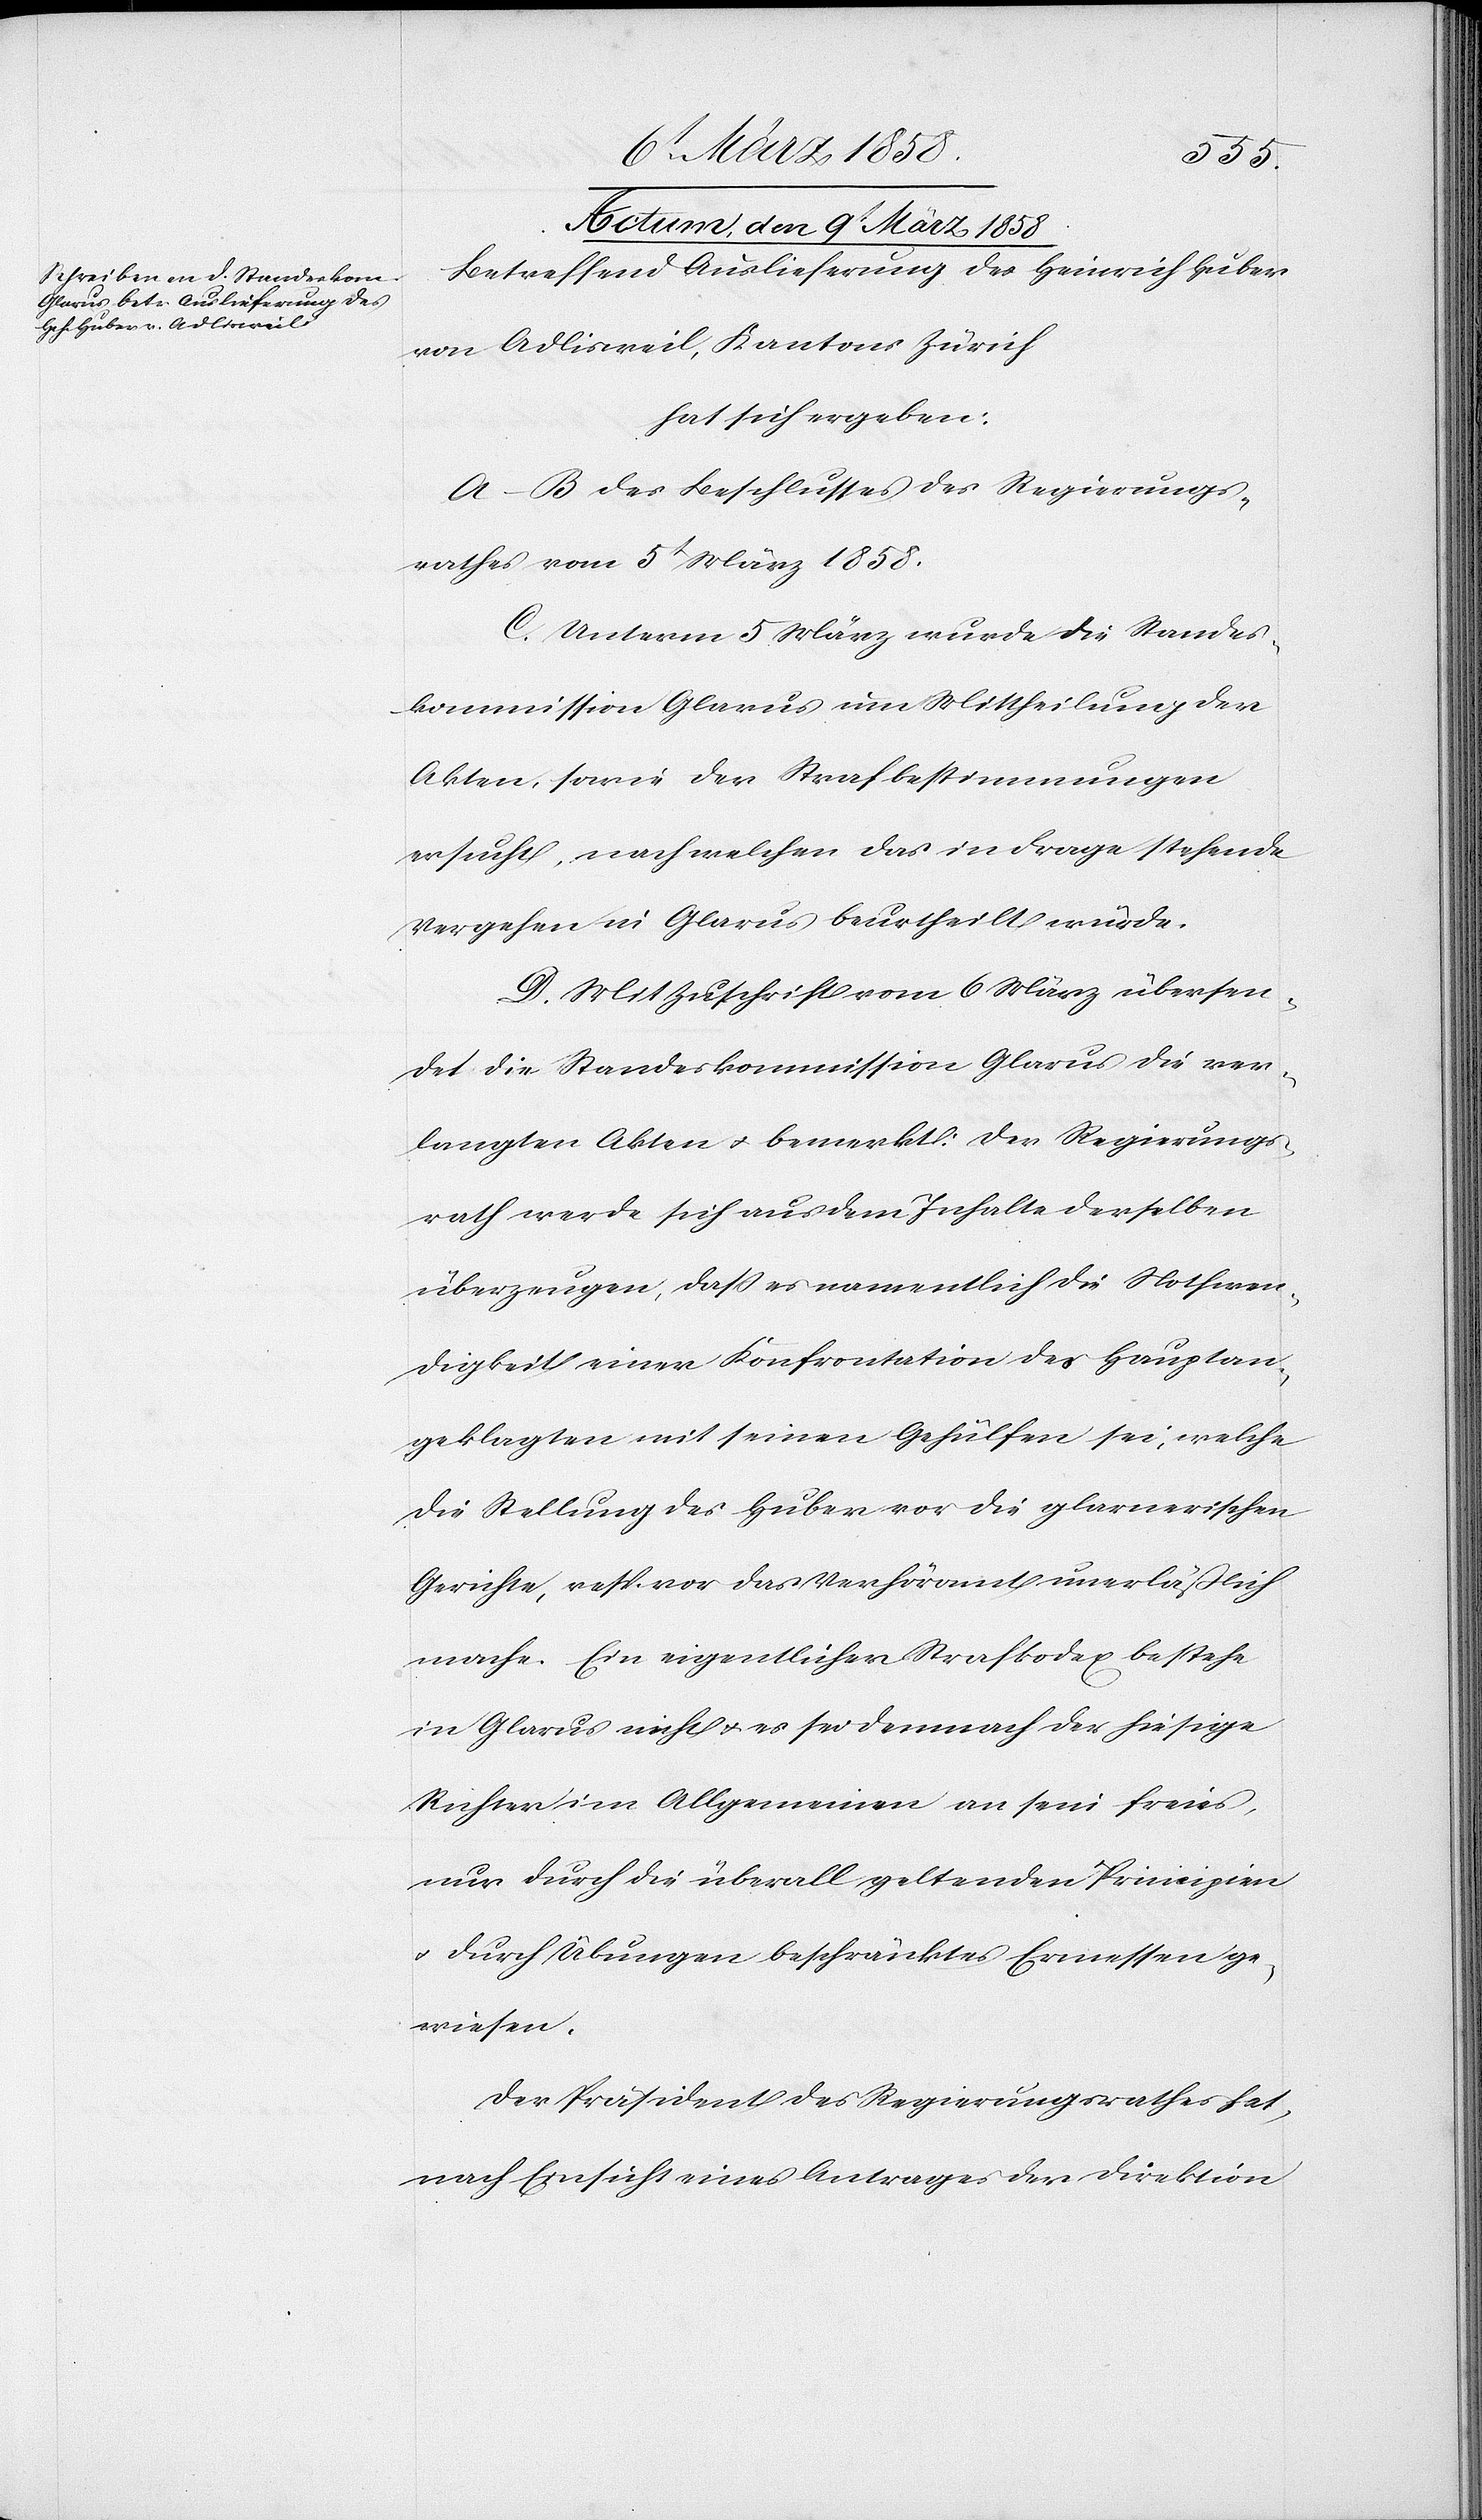
Actum den 9t März 1858.
Betreffend Auslieferung des Heinrich Huber
von Adlisweil, Kantons Zürich
hat sich ergeben:
A–B des Beschlusses des Regierungs¬
rathes vom 5t März 1858.
C. Unterm 5. März wurde die Standes¬
kommission Glarus um Mittheilung der
Akten, sowie der Strafbestimmungen
ersucht, nach welchen das in Frage stehende
Vergehen in Glarus beurtheilt würde.
D. Mit Zuschrift vom 6. März übersen¬
det die Standeskommission Glarus die ver¬
langten Akten u. bemerkt: Der Regierungs¬
rath werde sich aus dem Inhalte derselben
überzeugen, daß es namentlich die Nothwen¬
digkeit einer Konfrontation des Hauptan¬
geklagten mit seinen Gehülfen sei, welche
die Stellung des Huber vor die glarnerischen
Gerichte, resp. vor das Verhöramt unerläßlich
mache. Ein eigentlicher Strafkodex bestehe
in Glarus nicht u. es sei demnach der hiesige
Richter im Allgemeinen an sein freies,
nur durch die überall geltenden Principien
u. durch Übungen beschränktes Ermessen ge¬
wiesen.
Der Präsident des Regierungsrathes hat,
nach Einsicht eines Antrages der Direktion